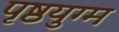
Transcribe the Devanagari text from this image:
पृष्ठयुग्म